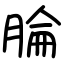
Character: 腀